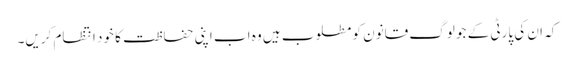
کہ ان کی پارٹی کے جو لوگ قانون کو مطلوب ہیں وہ اب اپنی حفاظت کا خود انتظام کریں۔